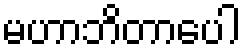
မဟာဘိတာပေါ